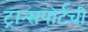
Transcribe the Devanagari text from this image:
ट्रान्सपोर्टची